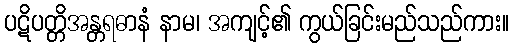
ပဋိပတ္တိအန္တရဓာနံ နာမ၊ အကျင့်၏ ကွယ်ခြင်းမည်သည်ကား။